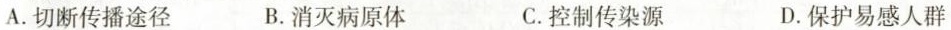
A. 切断传播途径 B. 消灭病原体 C. 控制传染源 D. 保护易感人群